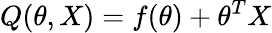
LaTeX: Q(\theta,X)=f(\theta)+\theta^{T}X